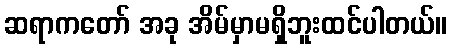
ဆရာကတော် အခု အိမ်မှာမရှိဘူးထင်ပါတယ်။